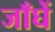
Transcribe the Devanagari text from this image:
जाँघें